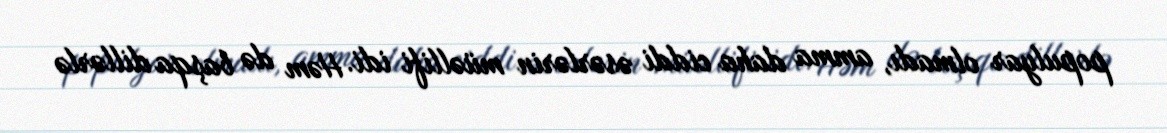
populyar olmadı, amma daha ciddi əsərlərin müəllifi idi. Həm də başqa dillərlə